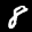
Label: 8